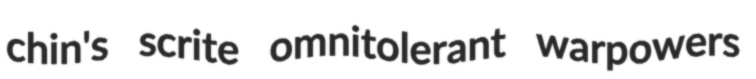
chin's scrite omnitolerant warpowers